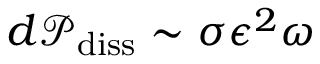
d \mathcal { P } _ { \mathrm { d i s s } } \sim \sigma \epsilon ^ { 2 } \omega